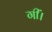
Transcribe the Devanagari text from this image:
गीं।